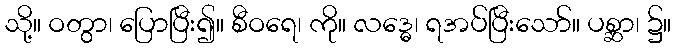
သို့။ ဝတွာ၊ ပြောပြီး၍။ စီဝရေ၊ ကို။ လဒ္ဓေ၊ ရအပ်ပြီးသော်။ ပစ္ဆာ၊ ၌။